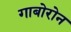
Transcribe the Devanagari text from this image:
गाबोरोन